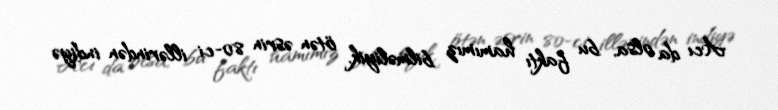
Acı da olsa, bu faktı hamımız bilməliyik, ötən əsrin 80-ci illərindən indiyə